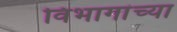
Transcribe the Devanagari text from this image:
विभागांच्‍या